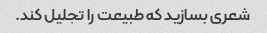
شعری بسازید که طبیعت را تجلیل کند.